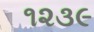
૧૨૩૯